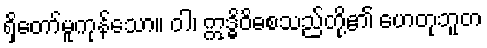
ရှိတော်မူကုန်သော။ ဝါ၊ ဣဒ္ဓိဝိဓစသည်တို့၏ ဟေတုဘူတ